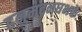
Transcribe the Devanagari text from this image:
हनुमदनघभक्तेः